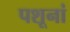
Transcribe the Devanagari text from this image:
पशूनां